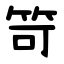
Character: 笴